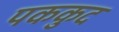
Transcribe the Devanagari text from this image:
पककुद